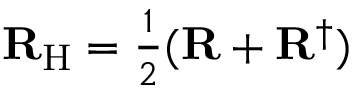
{ \mathbf { R } } _ { \mathrm { H } } = { \textstyle \frac { 1 } { 2 } } ( { \mathbf { R } } + { \mathbf { R } } ^ { \dagger } )